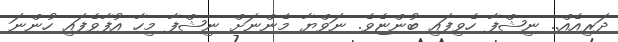
ދަރިއެއް.. ނިޝްފާ ހެވިފައި ބުންޏެވެ. ނަވްޔާ މެންނަށް ނިޝްފާ މިހާ އުފާވެފައި ހުންނަ